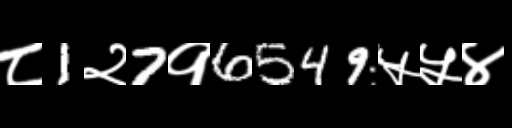
Text: ८1२7१6549५५४